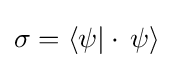
\sigma =\langle \psi |\cdot \,\psi \rangle